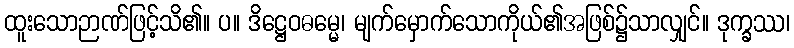
ထူးသောဉာဏ်ဖြင့်သိ၏။ ပ။ ဒိဋ္ဌေဝဓမ္မေ၊ မျက်မှောက်သောကိုယ်၏အဖြစ်၌သာလျှင်။ ဒုက္ခဿ၊